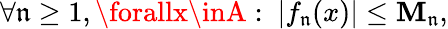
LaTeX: \forall\mathfrak{n}\geq1,\forallx\inA:\ |f_{\mathfrak{n}}(x)|\leq\mathbf{M}_{\mathfrak{n}},